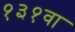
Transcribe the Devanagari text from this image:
१३१वा